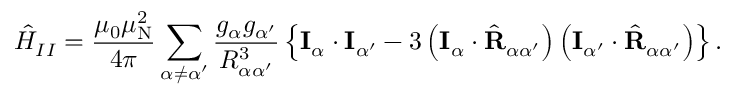
{ \hat { H } } _ { I I } = { \frac { \mu _ { 0 } \mu _ { \mathrm { N } } ^ { 2 } } { 4 \pi } } \sum _ { \alpha \neq \alpha ^ { \prime } } { \frac { g _ { \alpha } g _ { \alpha ^ { \prime } } } { R _ { \alpha \alpha ^ { \prime } } ^ { 3 } } } \left\{ \mathbf { I } _ { \alpha } \cdot \mathbf { I } _ { \alpha ^ { \prime } } - 3 \left( \mathbf { I } _ { \alpha } \cdot { \hat { \mathbf { R } } } _ { \alpha \alpha ^ { \prime } } \right) \left( \mathbf { I } _ { \alpha ^ { \prime } } \cdot { \hat { \mathbf { R } } } _ { \alpha \alpha ^ { \prime } } \right) \right\} .